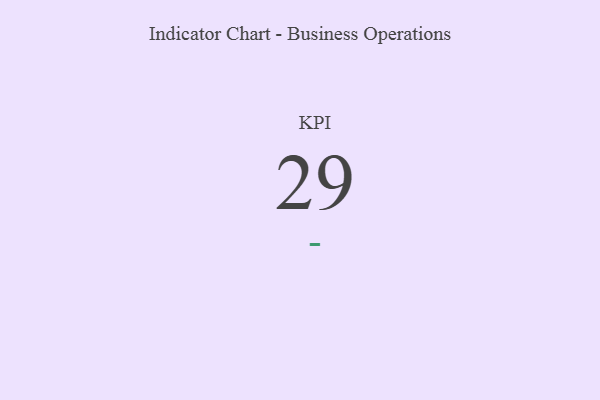
{"axis": {"x": "KPI", "y": "Value"}, "legend": [""], "data": [{"x": "KPI", "y": 29, "type": ""}]}